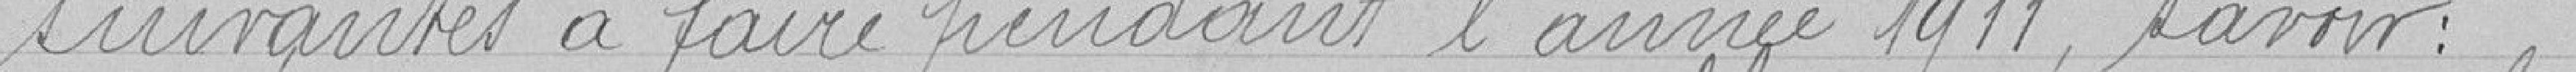
suivantes à faire pendant l'année 1911, savoir :